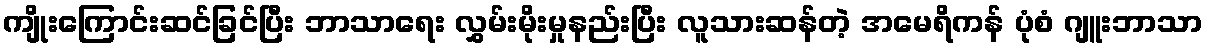
ကျိုးကြောင်းဆင်ခြင်ပြီး ဘာသာရေး လွှမ်းမိုးမှုနည်းပြီး လူသားဆန်တဲ့ အမေရိကန် ပုံစံ ဂျူးဘာသာ